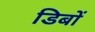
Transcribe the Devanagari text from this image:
डिबों